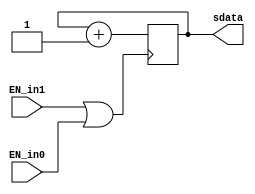
`timescale 1ns / 1ps
//////////////////////////////////////////////////////////////////////////////////
// Company: 
// Engineer: 
// 
// Design Name: 
// Module Name: scan
// Project Name: 
// Target Devices: 
// Tool Versions: 
// Description: 
// 
// Dependencies: 
// 
// Revision:
// Revision 0.01 - File Created
// Additional Comments:
// 
//////////////////////////////////////////////////////////////////////////////////


module scan(EN_in1,EN_in0,sdata);

output [1:0] sdata;
input  EN_in1;
input  EN_in0;

reg [1:0] sdata;
wire EN_in;

assign EN_in = EN_in1 | EN_in0;

always @(posedge EN_in)
begin
	sdata <= sdata + 2'b01;
end
endmodule